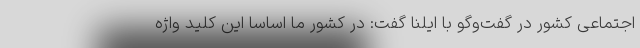
اجتماعی کشور در گفت‌وگو با ایلنا گفت: در کشور ما اساسا این کلید واژه